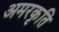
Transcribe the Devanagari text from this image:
अमरकृति